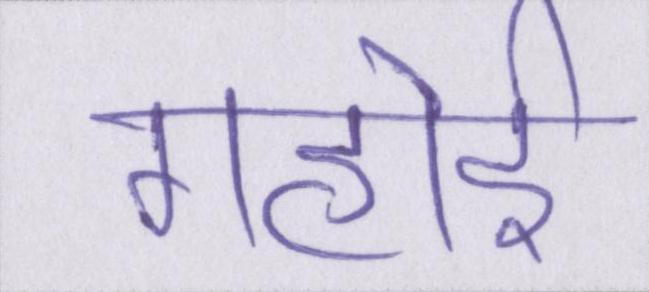
गहोई